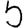
Digit: 5